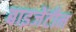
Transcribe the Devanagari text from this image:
बाइजेंटीन